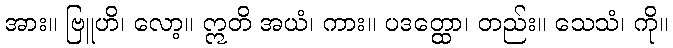
အား။ ဗြူဟိ၊ လော့။ ဣတိ အယံ၊ ကား။ ပဒတ္ထော၊ တည်း။ သေသံ၊ ကို။